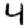
Digit: 4